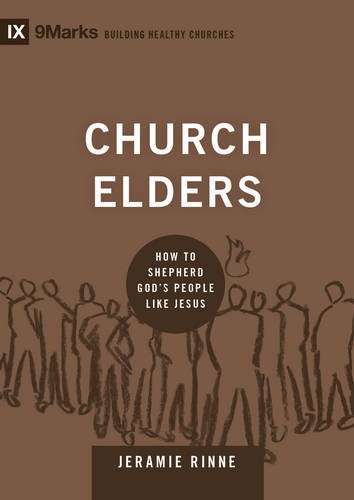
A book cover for Church Elders: How to Shepherd God's People Like Jesus (9Marks: Building Healthy Churches); Jeramie Rinne; Christian Books & Bibles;